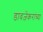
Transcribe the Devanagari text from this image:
डावजेकरांच्या